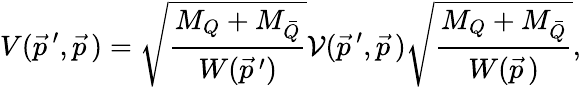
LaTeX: V(\vec{p}\, ^{\prime},\vec{p}\, )=\sqrt{\frac{M_{Q}+M_{\bar{Q}}}{W(\vec{p}\, ^{\prime})}}{\cal V}(\vec{p}\, ^{\prime},\vec{p}\, )\sqrt{\frac{M_{Q}+M_{\bar{Q}}}{W(\vec{p}\, )}},